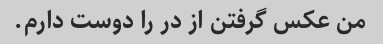
من عکس گرفتن از در را دوست دارم.